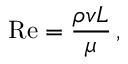
\mathrm { R e } = { \frac { \rho v L } { \mu } } \, ,